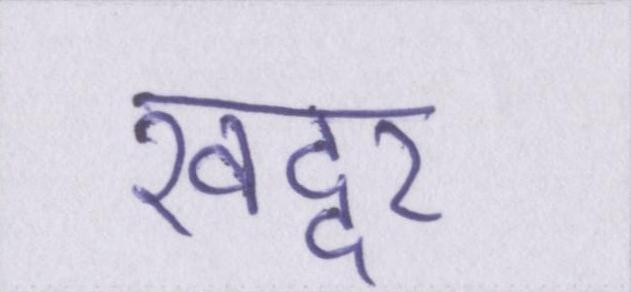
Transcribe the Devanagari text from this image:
खद्दर